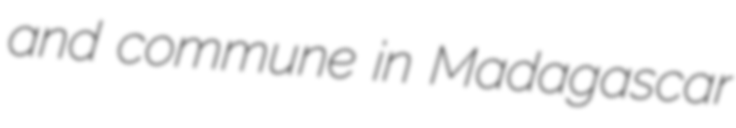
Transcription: and commune in Madagascar